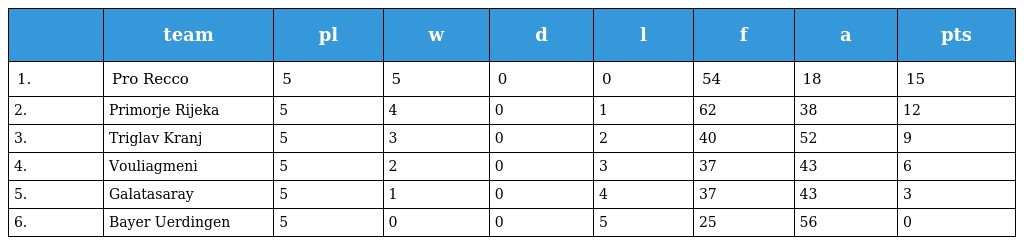
|  | team | pl | w | d | l | f | a | pts |
 | --- | --- | --- | --- | --- | --- | --- | --- | --- |
 | 1. | Pro Recco | 5 | 5 | 0 | 0 | 54 | 18 | 15 |
 | 2. | Primorje Rijeka | 5 | 4 | 0 | 1 | 62 | 38 | 12 |
 | 3. | Triglav Kranj | 5 | 3 | 0 | 2 | 40 | 52 | 9 |
 | 4. | Vouliagmeni | 5 | 2 | 0 | 3 | 37 | 43 | 6 |
 | 5. | Galatasaray | 5 | 1 | 0 | 4 | 37 | 43 | 3 |
 | 6. | Bayer Uerdingen | 5 | 0 | 0 | 5 | 25 | 56 | 0 |